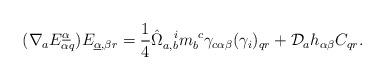
LaTeX: \begin{align*}(\nabla_aE^{\underline\alpha}_{\alpha q})E_{\underline\alpha,\beta r}={1\over4}\hat\Omega_{a,b}^{~~i}m_b^{~c}\gamma_{c\alpha\beta}(\gamma_i)_{qr}+{\cal D}_ah_{\alpha\beta}C_{qr}.\end{align*}